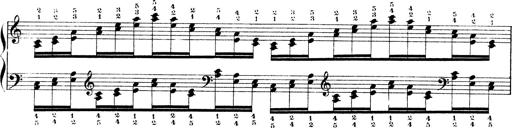
Title: Technische Studien
Composer: Franz Liszt